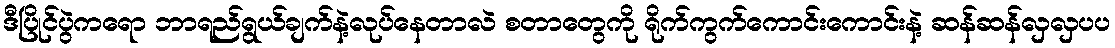
ဒီပြိုင်ပွဲကရော ဘာရည်ရွယ်ချက်နဲ့လုပ်နေတာလဲ စတာတွေကို ရိုက်ကွက်ကောင်းကောင်းနဲ့ ဆန်ဆန်လှလှပပ